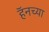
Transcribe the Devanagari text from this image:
हॅनच्या